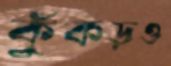
কুঁকড়ও